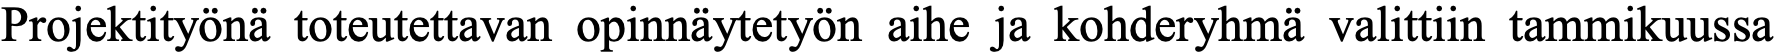
Projektityönä toteutettavan opinnäytetyön aihe ja kohderyhmä valittiin tammikuussa